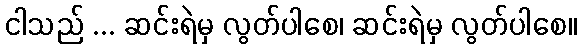
ငါသည် ... ဆင်းရဲမှ လွတ်ပါစေ၊ ဆင်းရဲမှ လွတ်ပါစေ။